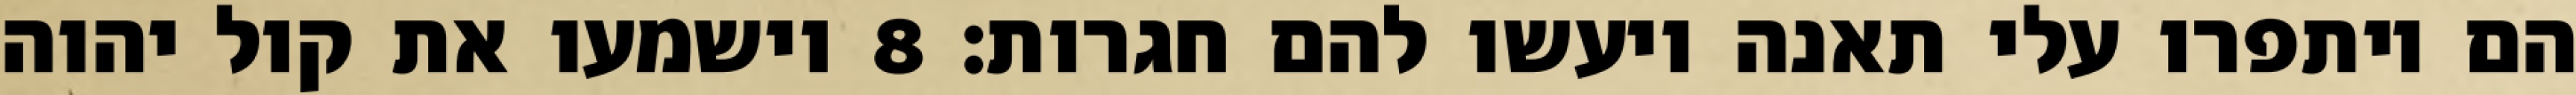
הם ויתפרו עלי תאנה ויעשו להם חגרות׃ ‎8‏ וישמעו את קול יהוה